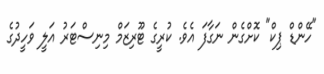
"ހޭންޑް ޕިކް" ކޮށްގެން ނަގާފަ އެވެ. ކުރީގެ ޓޫރިޒަމް މިނިސްޓަރު އަލީ ވަހީދުގެ